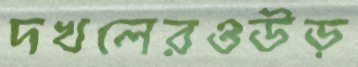
দখলেরওউড়